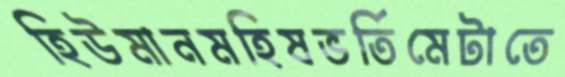
হিউমানমহিষভর্তিমেটাতে